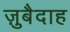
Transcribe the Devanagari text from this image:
ज़ुबैदाह